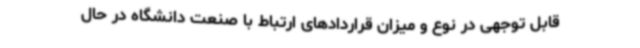
قابل توجهی در نوع و میزان قراردادهای ارتباط با صنعت دانشگاه در حال